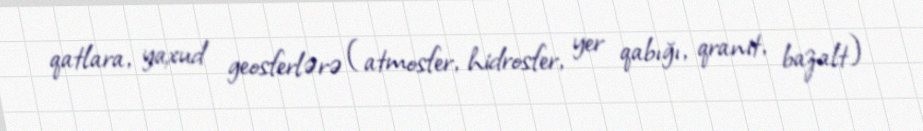
qatlara, yaxud geosferlərə (atmosfer, hidrosfer, yer qabığı, qranit, bazalt)